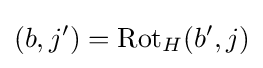
(b,j')=\mathrm {Rot} _{H}(b',j)